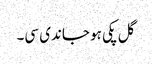
گل پکی ہو جاندی سی۔